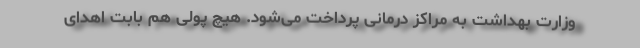
وزارت بهداشت به مراکز درمانی پرداخت می‌شود. هیچ پولی هم بابت اهدای